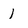
Character: 1